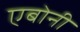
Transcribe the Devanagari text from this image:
एबोनी